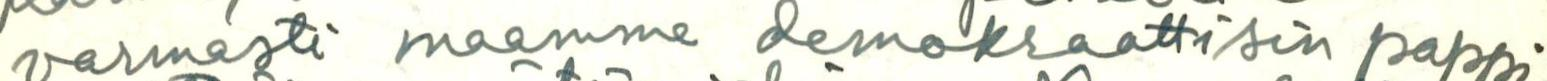
varmasti maamme demokraattisin pappi